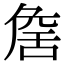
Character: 𦧕